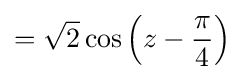
={\sqrt {2}}\cos \left(z-{\frac {\pi }{4}}\right)